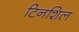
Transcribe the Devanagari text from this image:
टिनशिल